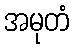
အမုတံ